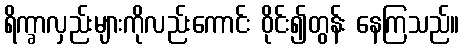
ရိက္ခာလှည်းများကိုလည်းကောင်း ဝိုင်း၍တွန်း နေကြသည်။